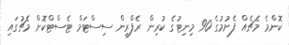
ކޮންމެ މެޗެއް ފެށުމުގެ 90 މިނިޓުގެ ކުރިން ރެފްރީން ސިސްޓަމް ޓެސްޓްކޮށް މެޗުގައި